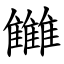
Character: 雦